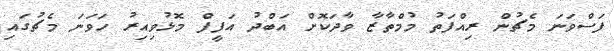
ފަސްވަނަ މެޗުން ރިއްފަތު މުމްތާޒާ ވާދަކޮށް އަބްދު އަފީފް މޮޅުވިއިރު ހަވަނަ މެޗުގައި